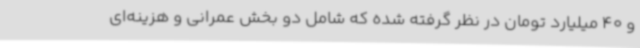
و 40 میلیارد تومان در نظر گرفته شده که شامل دو بخش عمرانی و هزینه‌ای